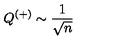
Q ^ { ( + ) } \sim \frac { 1 } { \sqrt { n } }